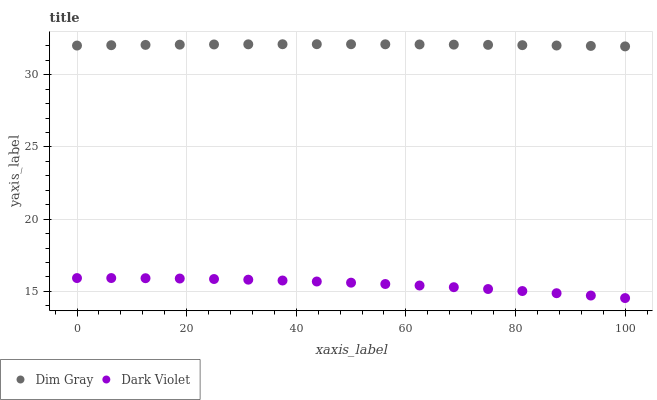
| xaxis_label | Dim Gray | Dark Violet |
 | --- | --- | --- |
 | 0 | 32 | 15.9 |
 | 6.25 | 32 | 15.9 |
 | 12.5 | 32.1 | 15.9 |
 | 18.8 | 32.1 | 15.9 |
 | 25 | 32.1 | 15.9 |
 | 31.2 | 32.1 | 15.8 |
 | 37.5 | 32.1 | 15.7 |
 | 43.8 | 32.1 | 15.7 |
 | 50 | 32.1 | 15.6 |
 | 56.2 | 32.1 | 15.5 |
 | 62.5 | 32.1 | 15.4 |
 | 68.8 | 32.1 | 15.3 |
 | 75 | 32.1 | 15.2 |
 | 81.2 | 32 | 15 |
 | 87.5 | 32 | 14.9 |
 | 93.8 | 32 | 14.7 |
 | 100 | 32 | 14.5 |